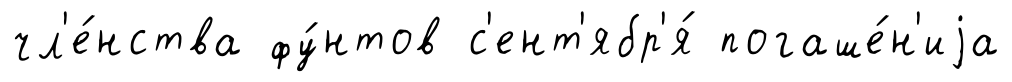
чл'е́нства фу́нтов с'ент'ябр'я́ погаше́н'иjа